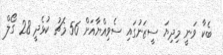
ބެކާ ވަނީ މިދިޔަ ސީޒަނުގައި ސެވިއްޔާއަށް 56 މެޗު ކުޅެދީ 28 ގޯލް